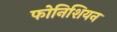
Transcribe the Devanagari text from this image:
फोनिशियन